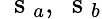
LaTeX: \mathrm{~\mathbf~s~}_{a},\mathrm{~\mathbf~s~}_{b}